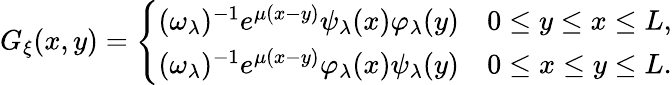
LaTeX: G_{\xi}(x,y)=\left\{ \begin{array}{ll}{(\omega_{\lambda})^{-1}e^{\mu(x-y)}\psi_{\lambda}(x)\varphi_{\lambda}(y)}&{0\leq y\leq x\leq L,}\\ {(\omega_{\lambda})^{-1}e^{\mu(x-y)}\varphi_{\lambda}(x)\psi_{\lambda}(y)}&{0\leq x\leq y\leq L.}\end{array}\right.